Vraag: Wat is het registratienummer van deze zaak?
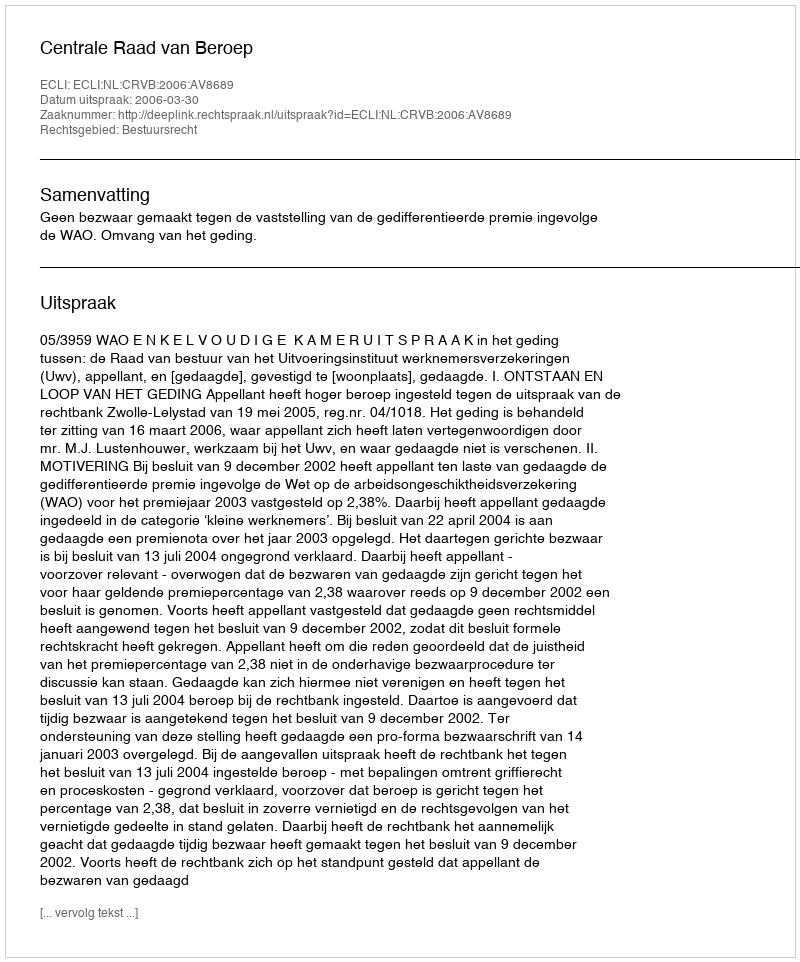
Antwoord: http://deeplink.rechtspraak.nl/uitspraak?id=ECLI:NL:CRVB:2006:AV8689